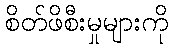
စိတ်ဖိစီးမှုများကို